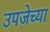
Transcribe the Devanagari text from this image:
उपजेच्या